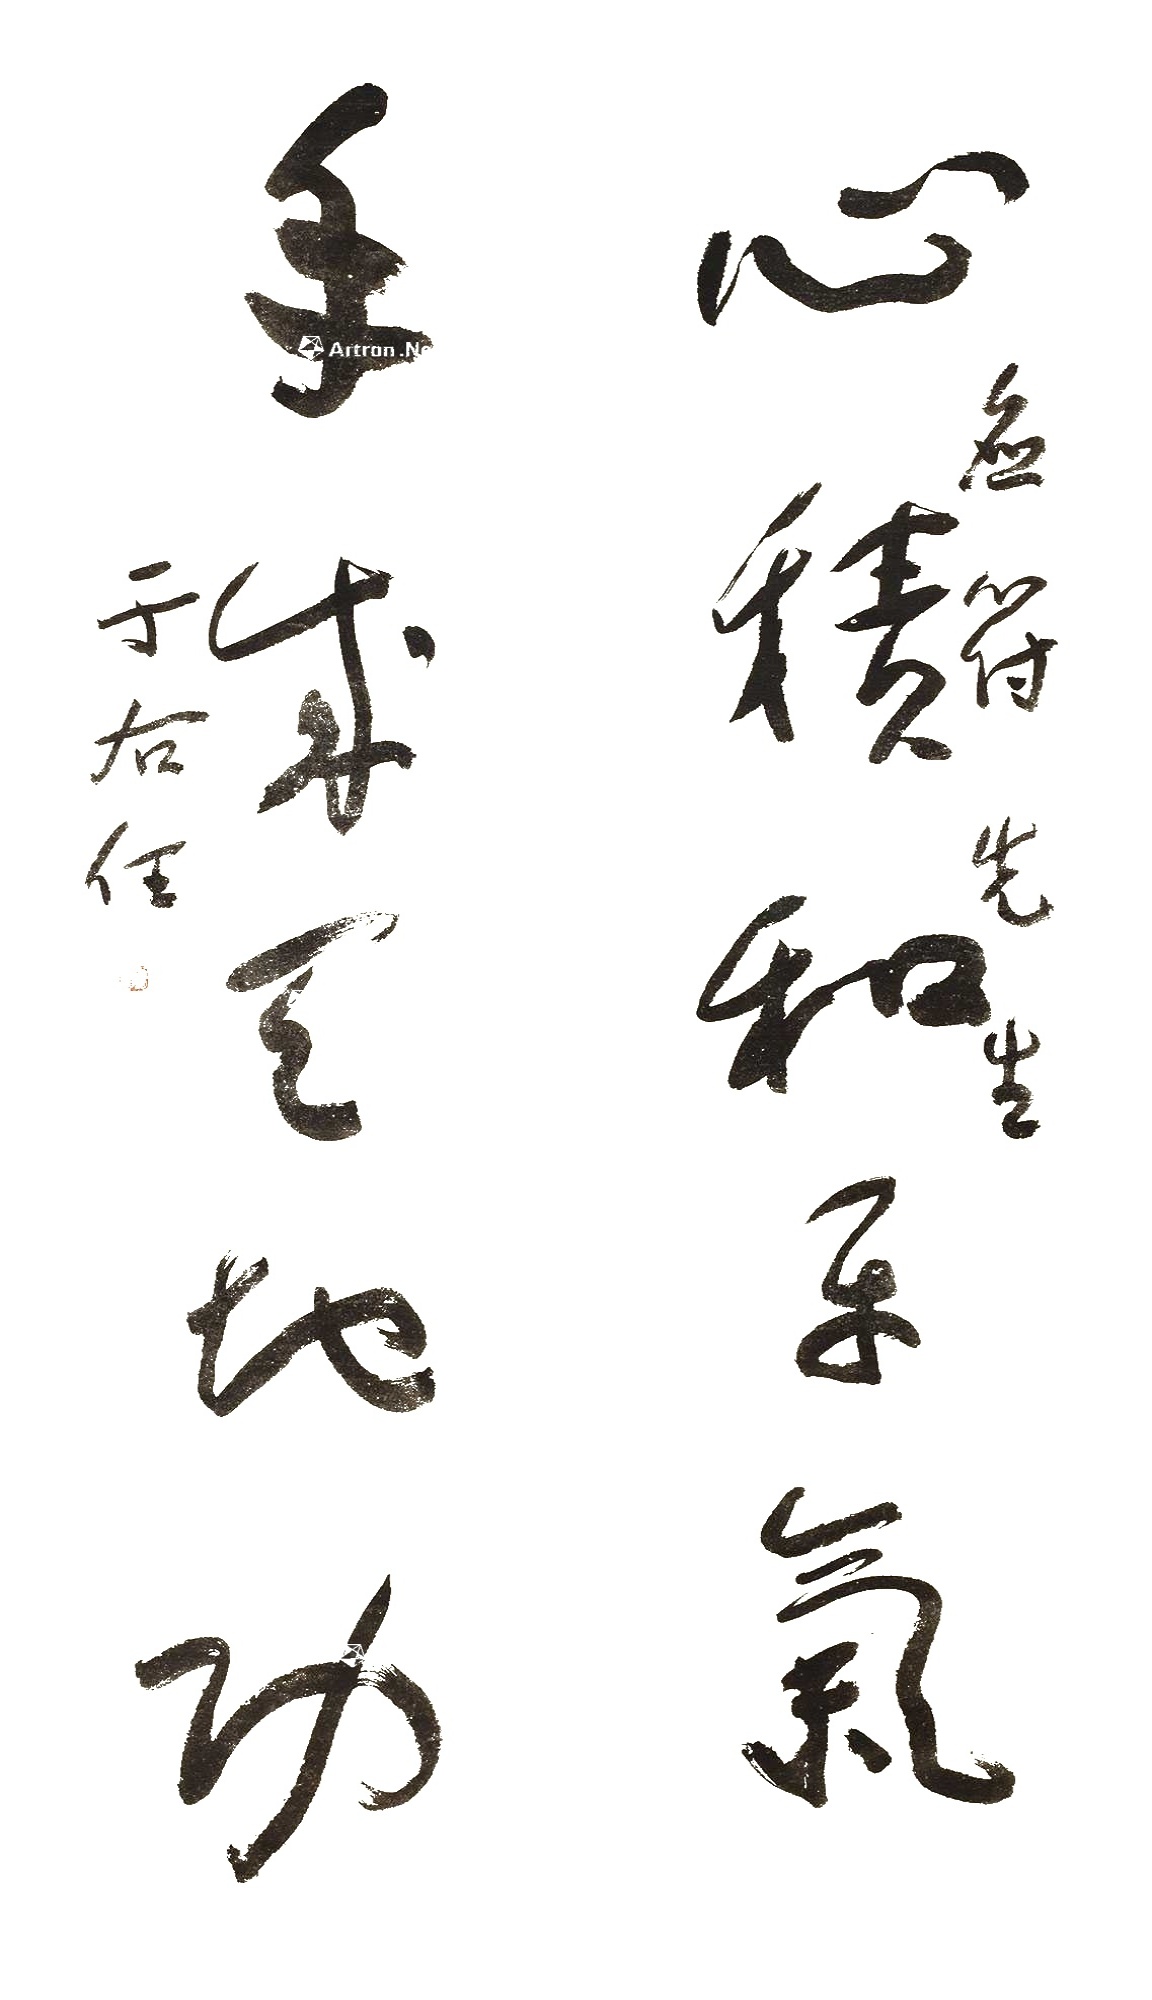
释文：心积和平气，手成天地功。应符先生，于右任。